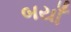
બયાઁ